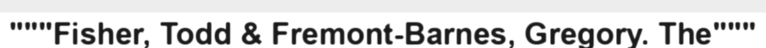
"""Fisher, Todd & Fremont-Barnes, Gregory. The"""